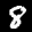
Label: 8